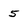
Character: 5